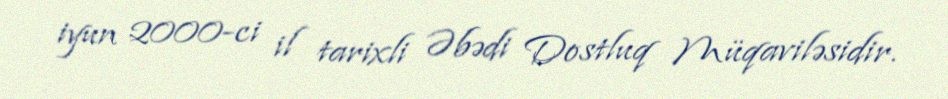
iyun 2000-ci il tarixli Əbədi Dostluq Müqaviləsidir.